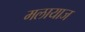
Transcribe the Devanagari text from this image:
मलायाज